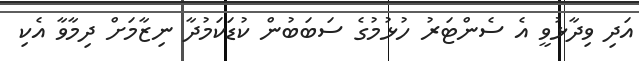
އަދި ވިދާޅުވީ އެ ސެންޓަރު ހުޅުމުގެ ސަބަބުން ކުޑަކަމުދާ ނިޒާމަށް ދިމާވާ އެކި